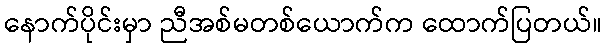
နောက်ပိုင်းမှာ ညီအစ်မတစ်ယောက်က ထောက်ပြတယ်။